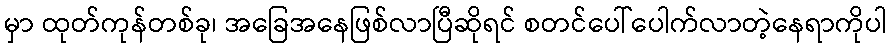
မှာ ထုတ်ကုန်တစ်ခု၊ အခြေအနေဖြစ်လာပြီဆိုရင် စတင်ပေါ်ပေါက်လာတဲ့နေရာကိုပါ